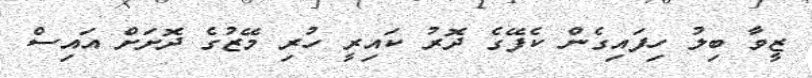
ޒީވާ ބިލު ހިފައިގެން ކެފޭގެ ދޮރު ކައިރީ ހުރި މޭޒުގެ ދޮށަށް އައިސް